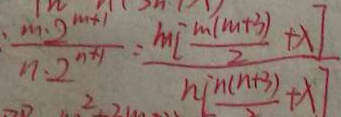
: \frac { m \cdot 2 ^ { m + 1 } } { n \cdot 2 ^ { n + 1 } } = \frac { m [ \frac { m ( m + 3 ) } { 2 } + \lambda ] } { n [ \frac { n ( n + 3 ) } { 2 } + \lambda ] }